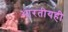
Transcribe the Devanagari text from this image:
भारतीयही